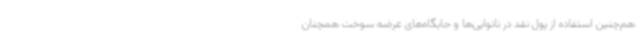
هم‌چنین استفاده از پول نقد در نانوایی‌ها و جایگاه‌های عرضه سوخت همچنان